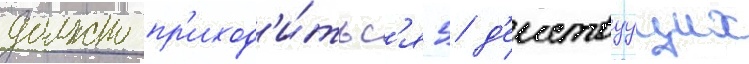
должно пр'иход'и́тьс'я 5 д'еиствуущих